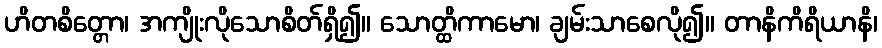
ဟိတစိတ္တော၊ အကျိုးလိုသောစိတ်ရှိ၍။ သောတ္ထိကာမော၊ ချမ်းသာစေလို၍။ တာနိကိရိယာနိ၊